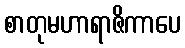
စာတုမဟာရာဇိကာပေ